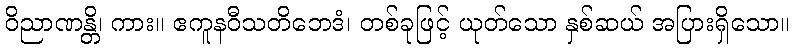
ဝိညာဏန္တိ၊ ကား။ ဧကူနဝီသတိဘေဒံ၊ တစ်ခုဖြင့် ယုတ်သော နှစ်ဆယ် အပြားရှိသော။